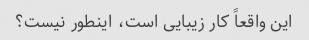
این واقعاً کار زیبایی است، اینطور نیست؟